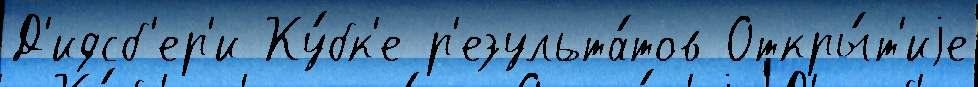
Д'идсб'ер'и Ку́бк'е р'езульта́тов Откры́т'иjе